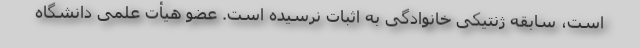
است، سابقه ژنتیکی خانوادگی به اثبات نرسیده است. عضو هیأت علمی دانشگاه